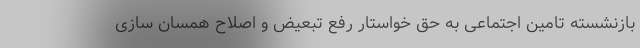
بازنشسته تامین اجتماعی به حق خواستار رفع تبعیض و اصلاح همسان سازی